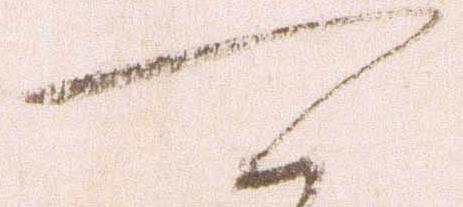
可